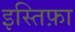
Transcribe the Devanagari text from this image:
इस्तिफ़ा